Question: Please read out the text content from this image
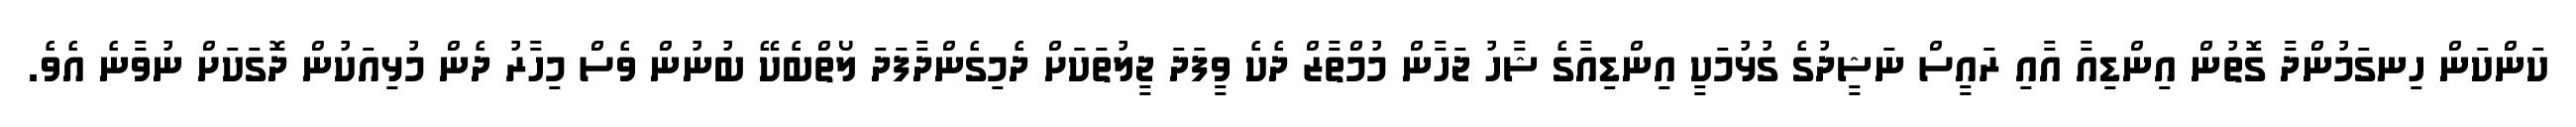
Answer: ކަންކަން ހިނގަމުންދާ ގޮތުން އިންޑިއާ އާއި ރައީސް ނަޝީދުގެ ގުޅުމަކީ އިންޑިއާގެ ޝާހު ޖަހާން މުމްތާޒް ދެކެ ވީފަދަ ޖީލުތަކަށް ދެމިގެންދާފަދަ ލޯތްބެކޭ ބުނުން ވެސް މިހާރު ދެން މުޅިއަކުން ދޮގަކަށް ނުވާނެ އެވެ.